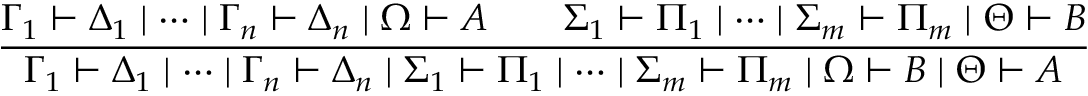
{ \frac { \Gamma _ { 1 } \vdash \Delta _ { 1 } \mid \dots \mid \Gamma _ { n } \vdash \Delta _ { n } \mid \Omega \vdash A \qquad \Sigma _ { 1 } \vdash \Pi _ { 1 } \mid \dots \mid \Sigma _ { m } \vdash \Pi _ { m } \mid \Theta \vdash B } { \Gamma _ { 1 } \vdash \Delta _ { 1 } \mid \dots \mid \Gamma _ { n } \vdash \Delta _ { n } \mid \Sigma _ { 1 } \vdash \Pi _ { 1 } \mid \dots \mid \Sigma _ { m } \vdash \Pi _ { m } \mid \Omega \vdash B \mid \Theta \vdash A } }